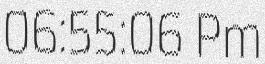
06:55:06 Pm